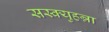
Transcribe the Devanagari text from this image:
सस्क्युहन्ना